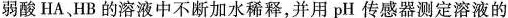
弱酸HA、HB的溶液中不断加水稀释，并用pH传感器测定溶液的